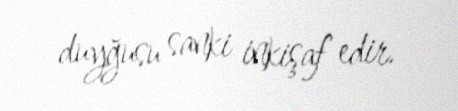
duyğusu sanki inkişaf edir.